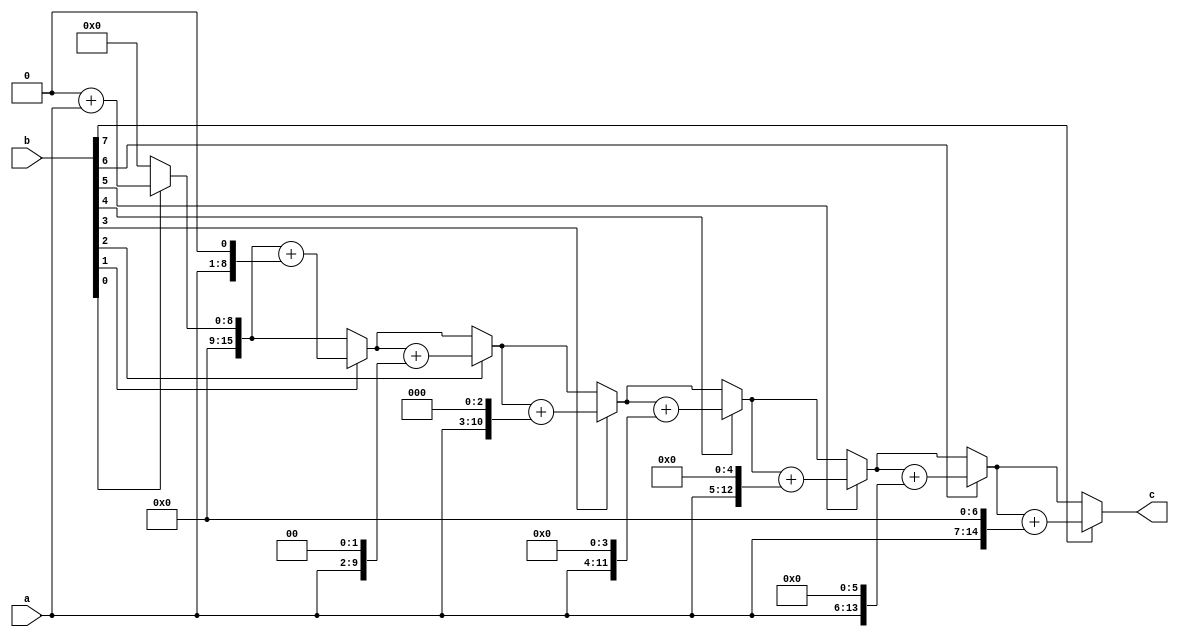
module mult_repeat(c, a, b);
parameter size = 8;
input[size - 1 : 0] a, b;
output [2*size - 1 : 0] c;
reg [2*size - 1 : 0] temp_a, c;
reg [size - 1 : 0] temp_b;
always @(a or b) begin
    c = 0;
    temp_a = a;
    temp_b = b;
    repeat(size) begin
        if(temp_b[0])
            c = c + temp_a;
        temp_a = temp_a << 1;
        temp_b = temp_b >> 1;
    end
end
endmodule